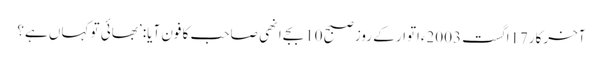
آخرکار17اگست 2003ءاتوار کے روز صبح 10بجے انھی صاحب کا فون آیا: ’بھائی تو کہاں ہے؟